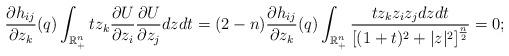
LaTeX: \begin{align*}\frac{\partial h_{ij}}{\partial z_{k}}(q)\int_{\mathbb{R}_{+}^{n}}tz_{k}\frac{\partial U}{\partial z_{i}}\frac{\partial U}{\partial z_{j}}dzdt=(2-n)\frac{\partial h_{ij}}{\partial z_{k}}(q)\int_{\mathbb{R}_{+}^{n}}\frac{tz_{k}z_{i}z_{j}dzdt}{\left[(1+t)^{2}+|z|^{2}\right]^{\frac{n}{2}}}=0;\end{align*}